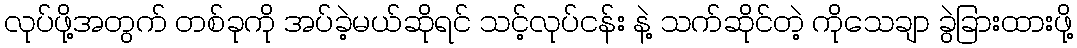
လုပ်ဖို့အတွက် တစ်ခုကို အပ်ခဲ့မယ်ဆိုရင် သင့်လုပ်ငန်း နဲ့ သက်ဆိုင်တဲ့ ကိုသေချာ ခွဲခြားထားဖို့